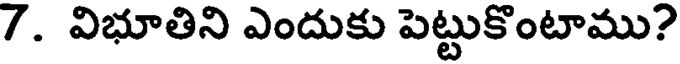
7. విభూతిని ఎందుకు పెట్టుకొంటాము?